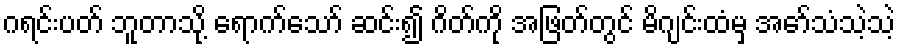
ဂရင်းပတ် ဘူတာသို့ ရောက်သော် ဆင်း၍ ဂိတ်ကို အဖြတ်တွင် မိဂျင်းထံမှ အော်သံသဲ့သဲ့